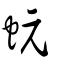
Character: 蚖